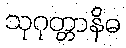
သုဂုတ္တာနိဓ